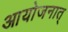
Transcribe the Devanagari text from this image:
आयोजनात्